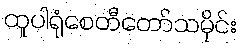
ထူပါရုံစေတီတော်သမိုင်း